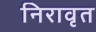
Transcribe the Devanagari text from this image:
निरावृत